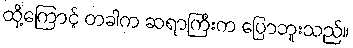
ထို့ကြောင့် တခါက ဆရာကြီးက ပြောဘူးသည်။